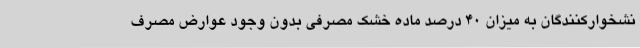
نشخوارکنندگان به میزان 40 درصد ماده خشک مصرفی بدون وجود عوارض مصرف